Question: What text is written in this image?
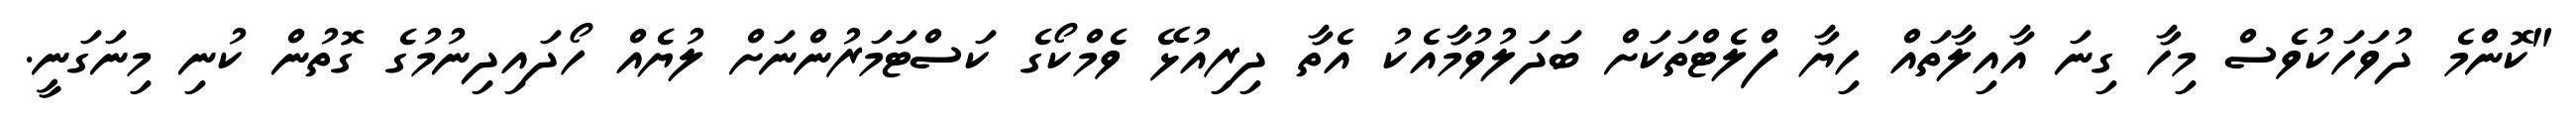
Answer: "ކޮންމެ ދުވަހަކުވެސް މިހާ ގިނަ އާއިލާތައް ހިޔާ ފްލެޓްތަކަށް ބަދަލުވުމާއެކު އެތާ ދިރިއުޅޭ ވެމްކޯގެ ކަސްޓަމަރުންނަށް ލުޔެއް ހޯދައިދިނުމުގެ ގޮތުން ކުނި މިނަގަނީ.